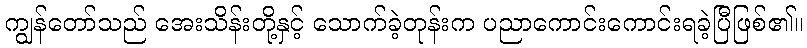
ကျွန်တော်သည် အေးသိန်းတို့နှင့် သောက်ခဲ့တုန်းက ပညာကောင်းကောင်းရခဲ့ပြီဖြစ်၏။